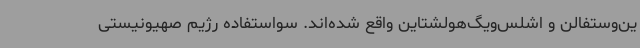
ین‌وستفالن و اشلس‌ویگ‌هولشتاین واقع شده‌اند. سواستفاده رژیم صهیونیستی